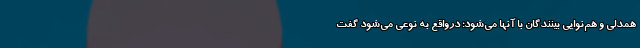
همدلی و هم‌نوایی بینندگان با آنها می‌شود؛ درواقع به نوعی می‌شود گفت